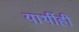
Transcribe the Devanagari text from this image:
यार्थीही